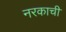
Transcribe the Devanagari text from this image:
नरकाची